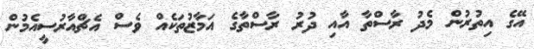
އޭގެ އިތުރުން މެދު ރާސްތާ އާއި ދުރު ރާސްތާގެ އަމާޒުތަކެއް ވެސް އެޗްއާރުސީއެމުން